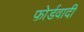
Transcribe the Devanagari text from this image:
फ़ोर्डवादी